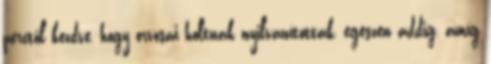
perctől kezdve, hogy orvosai holtnak nyilvánították, egészen addig, amíg